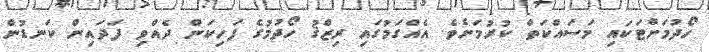
ހޯދުމަށްޓަކައި މަސައްކަތް ކުރުމަށެވެ. އެއްގަމުގައި ރިޒްޤު ހޯދުމުގެ ފަހިކަން ދެއްވި ފަދައިން ކަނޑުން